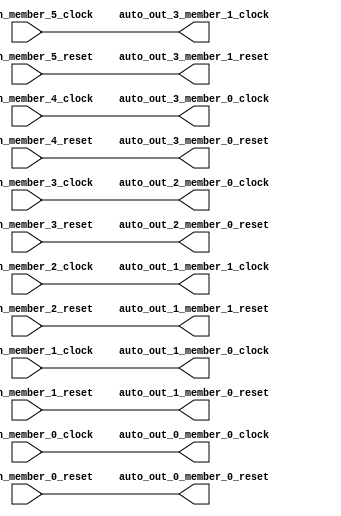
module ClockGroupAggregator( // @[:freechips.rocketchip.system.DefaultRV32Config.fir@44.2]
  input   auto_in_member_5_clock, // @[:freechips.rocketchip.system.DefaultRV32Config.fir@45.4]
  input   auto_in_member_5_reset, // @[:freechips.rocketchip.system.DefaultRV32Config.fir@45.4]
  input   auto_in_member_4_clock, // @[:freechips.rocketchip.system.DefaultRV32Config.fir@45.4]
  input   auto_in_member_4_reset, // @[:freechips.rocketchip.system.DefaultRV32Config.fir@45.4]
  input   auto_in_member_3_clock, // @[:freechips.rocketchip.system.DefaultRV32Config.fir@45.4]
  input   auto_in_member_3_reset, // @[:freechips.rocketchip.system.DefaultRV32Config.fir@45.4]
  input   auto_in_member_2_clock, // @[:freechips.rocketchip.system.DefaultRV32Config.fir@45.4]
  input   auto_in_member_2_reset, // @[:freechips.rocketchip.system.DefaultRV32Config.fir@45.4]
  input   auto_in_member_1_clock, // @[:freechips.rocketchip.system.DefaultRV32Config.fir@45.4]
  input   auto_in_member_1_reset, // @[:freechips.rocketchip.system.DefaultRV32Config.fir@45.4]
  input   auto_in_member_0_clock, // @[:freechips.rocketchip.system.DefaultRV32Config.fir@45.4]
  input   auto_in_member_0_reset, // @[:freechips.rocketchip.system.DefaultRV32Config.fir@45.4]
  output  auto_out_3_member_1_clock, // @[:freechips.rocketchip.system.DefaultRV32Config.fir@45.4]
  output  auto_out_3_member_1_reset, // @[:freechips.rocketchip.system.DefaultRV32Config.fir@45.4]
  output  auto_out_3_member_0_clock, // @[:freechips.rocketchip.system.DefaultRV32Config.fir@45.4]
  output  auto_out_3_member_0_reset, // @[:freechips.rocketchip.system.DefaultRV32Config.fir@45.4]
  output  auto_out_2_member_0_clock, // @[:freechips.rocketchip.system.DefaultRV32Config.fir@45.4]
  output  auto_out_2_member_0_reset, // @[:freechips.rocketchip.system.DefaultRV32Config.fir@45.4]
  output  auto_out_1_member_1_clock, // @[:freechips.rocketchip.system.DefaultRV32Config.fir@45.4]
  output  auto_out_1_member_1_reset, // @[:freechips.rocketchip.system.DefaultRV32Config.fir@45.4]
  output  auto_out_1_member_0_clock, // @[:freechips.rocketchip.system.DefaultRV32Config.fir@45.4]
  output  auto_out_1_member_0_reset, // @[:freechips.rocketchip.system.DefaultRV32Config.fir@45.4]
  output  auto_out_0_member_0_clock, // @[:freechips.rocketchip.system.DefaultRV32Config.fir@45.4]
  output  auto_out_0_member_0_reset // @[:freechips.rocketchip.system.DefaultRV32Config.fir@45.4]
);
  assign auto_out_3_member_1_clock = auto_in_member_5_clock; // @[LazyModule.scala 305:12:freechips.rocketchip.system.DefaultRV32Config.fir@68.4]
  assign auto_out_3_member_1_reset = auto_in_member_5_reset; // @[LazyModule.scala 305:12:freechips.rocketchip.system.DefaultRV32Config.fir@68.4]
  assign auto_out_3_member_0_clock = auto_in_member_4_clock; // @[LazyModule.scala 305:12:freechips.rocketchip.system.DefaultRV32Config.fir@68.4]
  assign auto_out_3_member_0_reset = auto_in_member_4_reset; // @[LazyModule.scala 305:12:freechips.rocketchip.system.DefaultRV32Config.fir@68.4]
  assign auto_out_2_member_0_clock = auto_in_member_3_clock; // @[LazyModule.scala 305:12:freechips.rocketchip.system.DefaultRV32Config.fir@67.4]
  assign auto_out_2_member_0_reset = auto_in_member_3_reset; // @[LazyModule.scala 305:12:freechips.rocketchip.system.DefaultRV32Config.fir@67.4]
  assign auto_out_1_member_1_clock = auto_in_member_2_clock; // @[LazyModule.scala 305:12:freechips.rocketchip.system.DefaultRV32Config.fir@66.4]
  assign auto_out_1_member_1_reset = auto_in_member_2_reset; // @[LazyModule.scala 305:12:freechips.rocketchip.system.DefaultRV32Config.fir@66.4]
  assign auto_out_1_member_0_clock = auto_in_member_1_clock; // @[LazyModule.scala 305:12:freechips.rocketchip.system.DefaultRV32Config.fir@66.4]
  assign auto_out_1_member_0_reset = auto_in_member_1_reset; // @[LazyModule.scala 305:12:freechips.rocketchip.system.DefaultRV32Config.fir@66.4]
  assign auto_out_0_member_0_clock = auto_in_member_0_clock; // @[LazyModule.scala 305:12:freechips.rocketchip.system.DefaultRV32Config.fir@65.4]
  assign auto_out_0_member_0_reset = auto_in_member_0_reset; // @[LazyModule.scala 305:12:freechips.rocketchip.system.DefaultRV32Config.fir@65.4]
endmodule